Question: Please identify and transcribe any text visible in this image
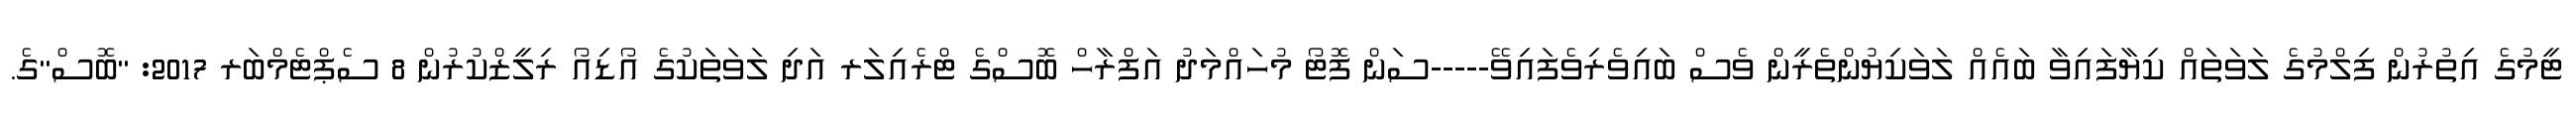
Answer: ޓީމުގެ އިތުރުން ފިލްމުގެ ލަވަތައް ކިޔާފައިވާ ބައެއް ލަވަކިޔުންތެރީން ވެސް ބައިވެރިވެފައިވޭ-----ސަން ފޮޓޯ މުހައްމަދު އަފްރާހް ބޮސްގެ ޓްރެއިލަރ އަދި ލަވަތަކުގެ އޯޑިއޯ ރިލީޒްކުރުން 8 ސެޕްޓެމްބަރ 2017: "ބޮސް"ގެ.